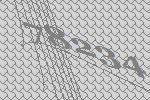
78234